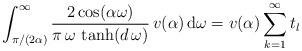
LaTeX: \begin{align*}& \int_{\pi/(2\alpha)}^{\infty}\frac{2 \cos( \alpha \omega)}{\pi\, \omega\, \tanh(d\, \omega)}\, v(\alpha)\, \mathrm{d} \omega=v(\alpha)\sum_{k=1}^{\infty} t_{l}\end{align*}